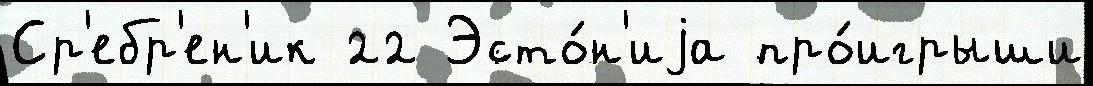
Ср'ебр'ен'ик 22 Эсто́н'иjа про́игрыши